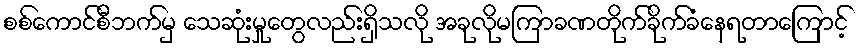
စစ်ကောင်စီဘက်မှ သေဆုံးမှုတွေလည်းရှိသလို အခုလိုမကြာခဏတိုက်ခိုက်ခံနေရတာကြောင့်